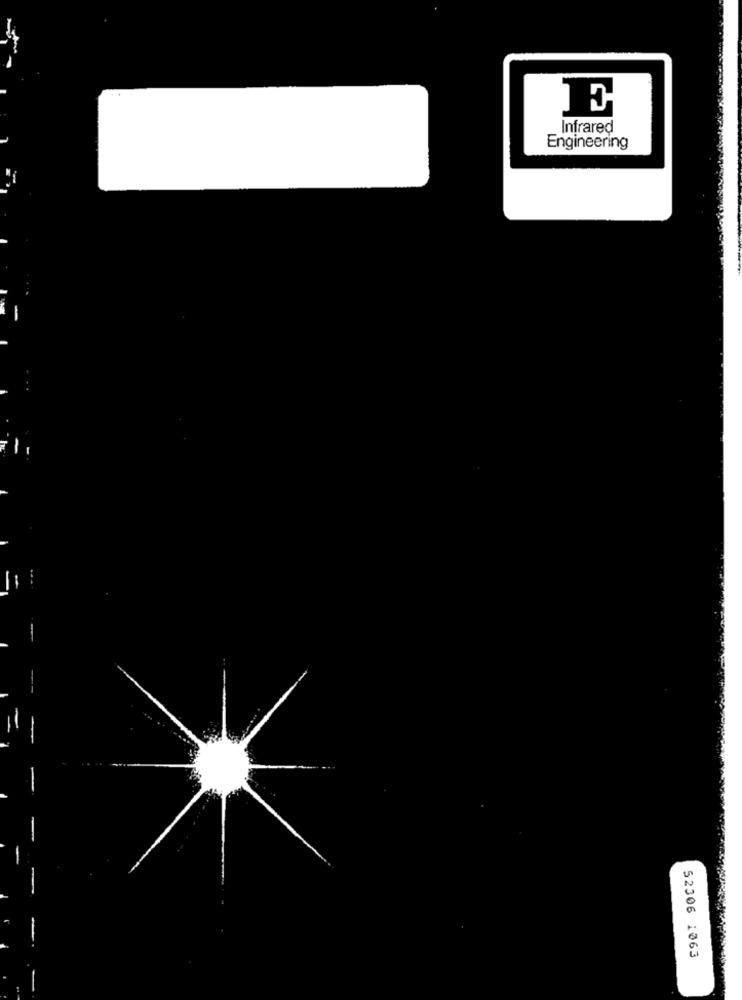
Infrared
Engineering
52306 1063